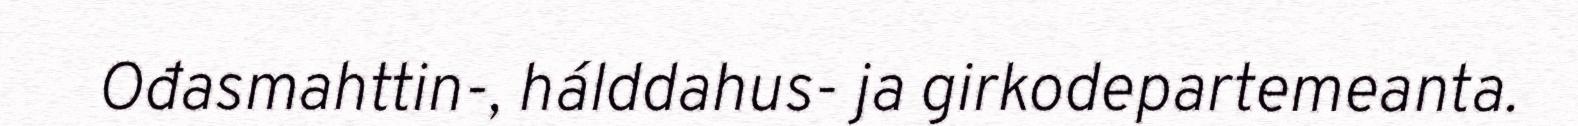
Ođasmahttin-, hálddahus- ja girkodepartemeanta.